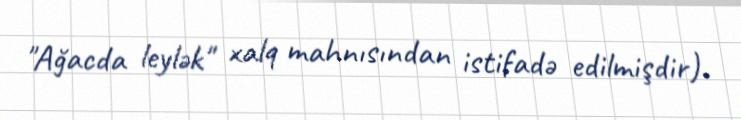
"Ağacda leylək" xalq mahnısından istifadə edilmişdir).